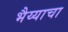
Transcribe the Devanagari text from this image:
भैय्याचा